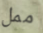
ممل